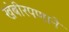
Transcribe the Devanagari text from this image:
खंबीरपणाने